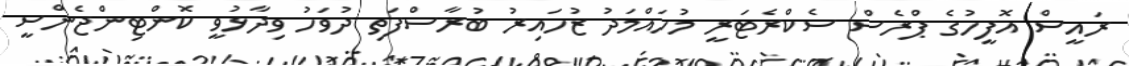
ރައީސް އޮފީހުގެ ޕްރެސް ސެކްރެޓަރީ މުހައްމަދު ޒުހައިރު ބުރާސްފަތި ދުވަހު ވިދާޅުވީ ކޮންޓިންޖެންސީ